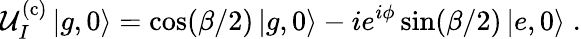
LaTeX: \mathcal{U}_{I}^{\mathrm{(c)}}\left|g,0\right\rangle=\cos(\beta/2)\left|g,0\right\rangle-ie^{i\phi}\sin(\beta/2)\left|e,0\right\rangle\; .